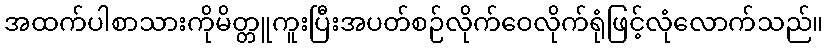
အထက်ပါစာသားကိုမိတ္တူကူးပြီးအပတ်စဉ်လိုက်ဝေလိုက်ရုံဖြင့်လုံလောက်သည်။